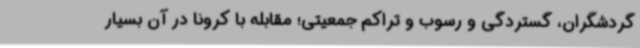
گردشگران، گستردگی و رسوب و تراکم جمعیتی؛ مقابله با کرونا در آن بسیار